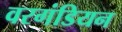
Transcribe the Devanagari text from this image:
वरगंडियन